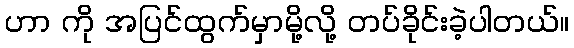
ဟာ ကို အပြင်ထွက်မှာမို့လို့ တပ်ခိုင်းခဲ့ပါတယ်။